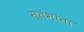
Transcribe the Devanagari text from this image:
स्तंभांना